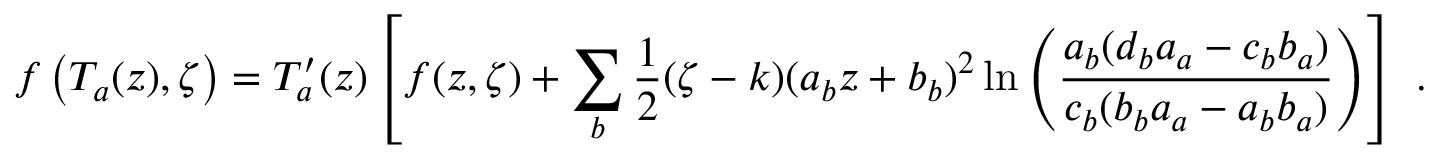
f \left( T _ { a } ( z ) , \zeta \right) = T _ { a } ^ { \prime } ( z ) \left[ f ( z , \zeta ) + \sum _ { b } \frac { 1 } { 2 } ( \zeta - k ) ( a _ { b } z + b _ { b } ) ^ { 2 } \ln \left( \frac { a _ { b } ( d _ { b } a _ { a } - c _ { b } b _ { a } ) } { c _ { b } ( b _ { b } a _ { a } - a _ { b } b _ { a } ) } \right) \right] \ .